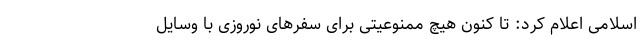
اسلامی اعلام کرد: تا کنون هیچ ممنوعیتی برای سفرهای نوروزی با وسایل